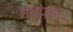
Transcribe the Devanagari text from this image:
मदपान।